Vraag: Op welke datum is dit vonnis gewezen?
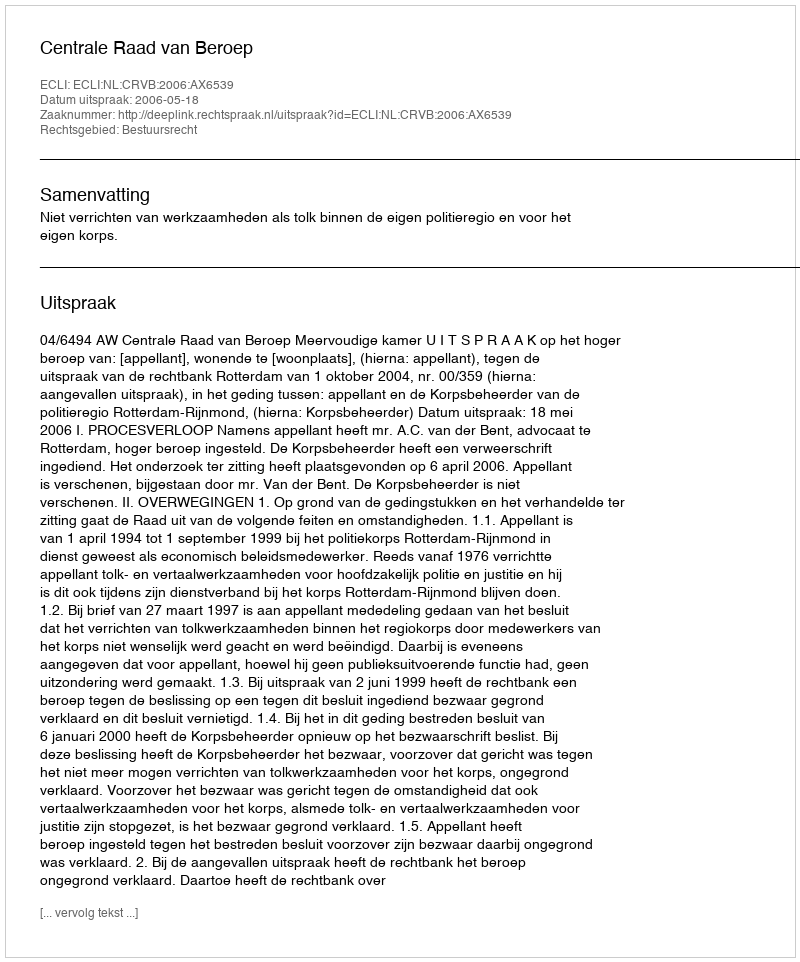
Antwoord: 2006-05-18